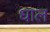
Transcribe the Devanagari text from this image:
धाल